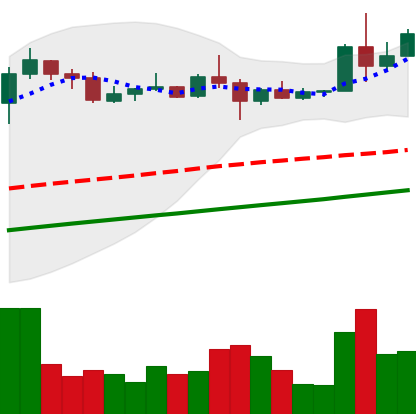
Ticker: XLM-USD
Chart end date: 2020-08-04
Forward return: -4.442%
Label: down_3_5